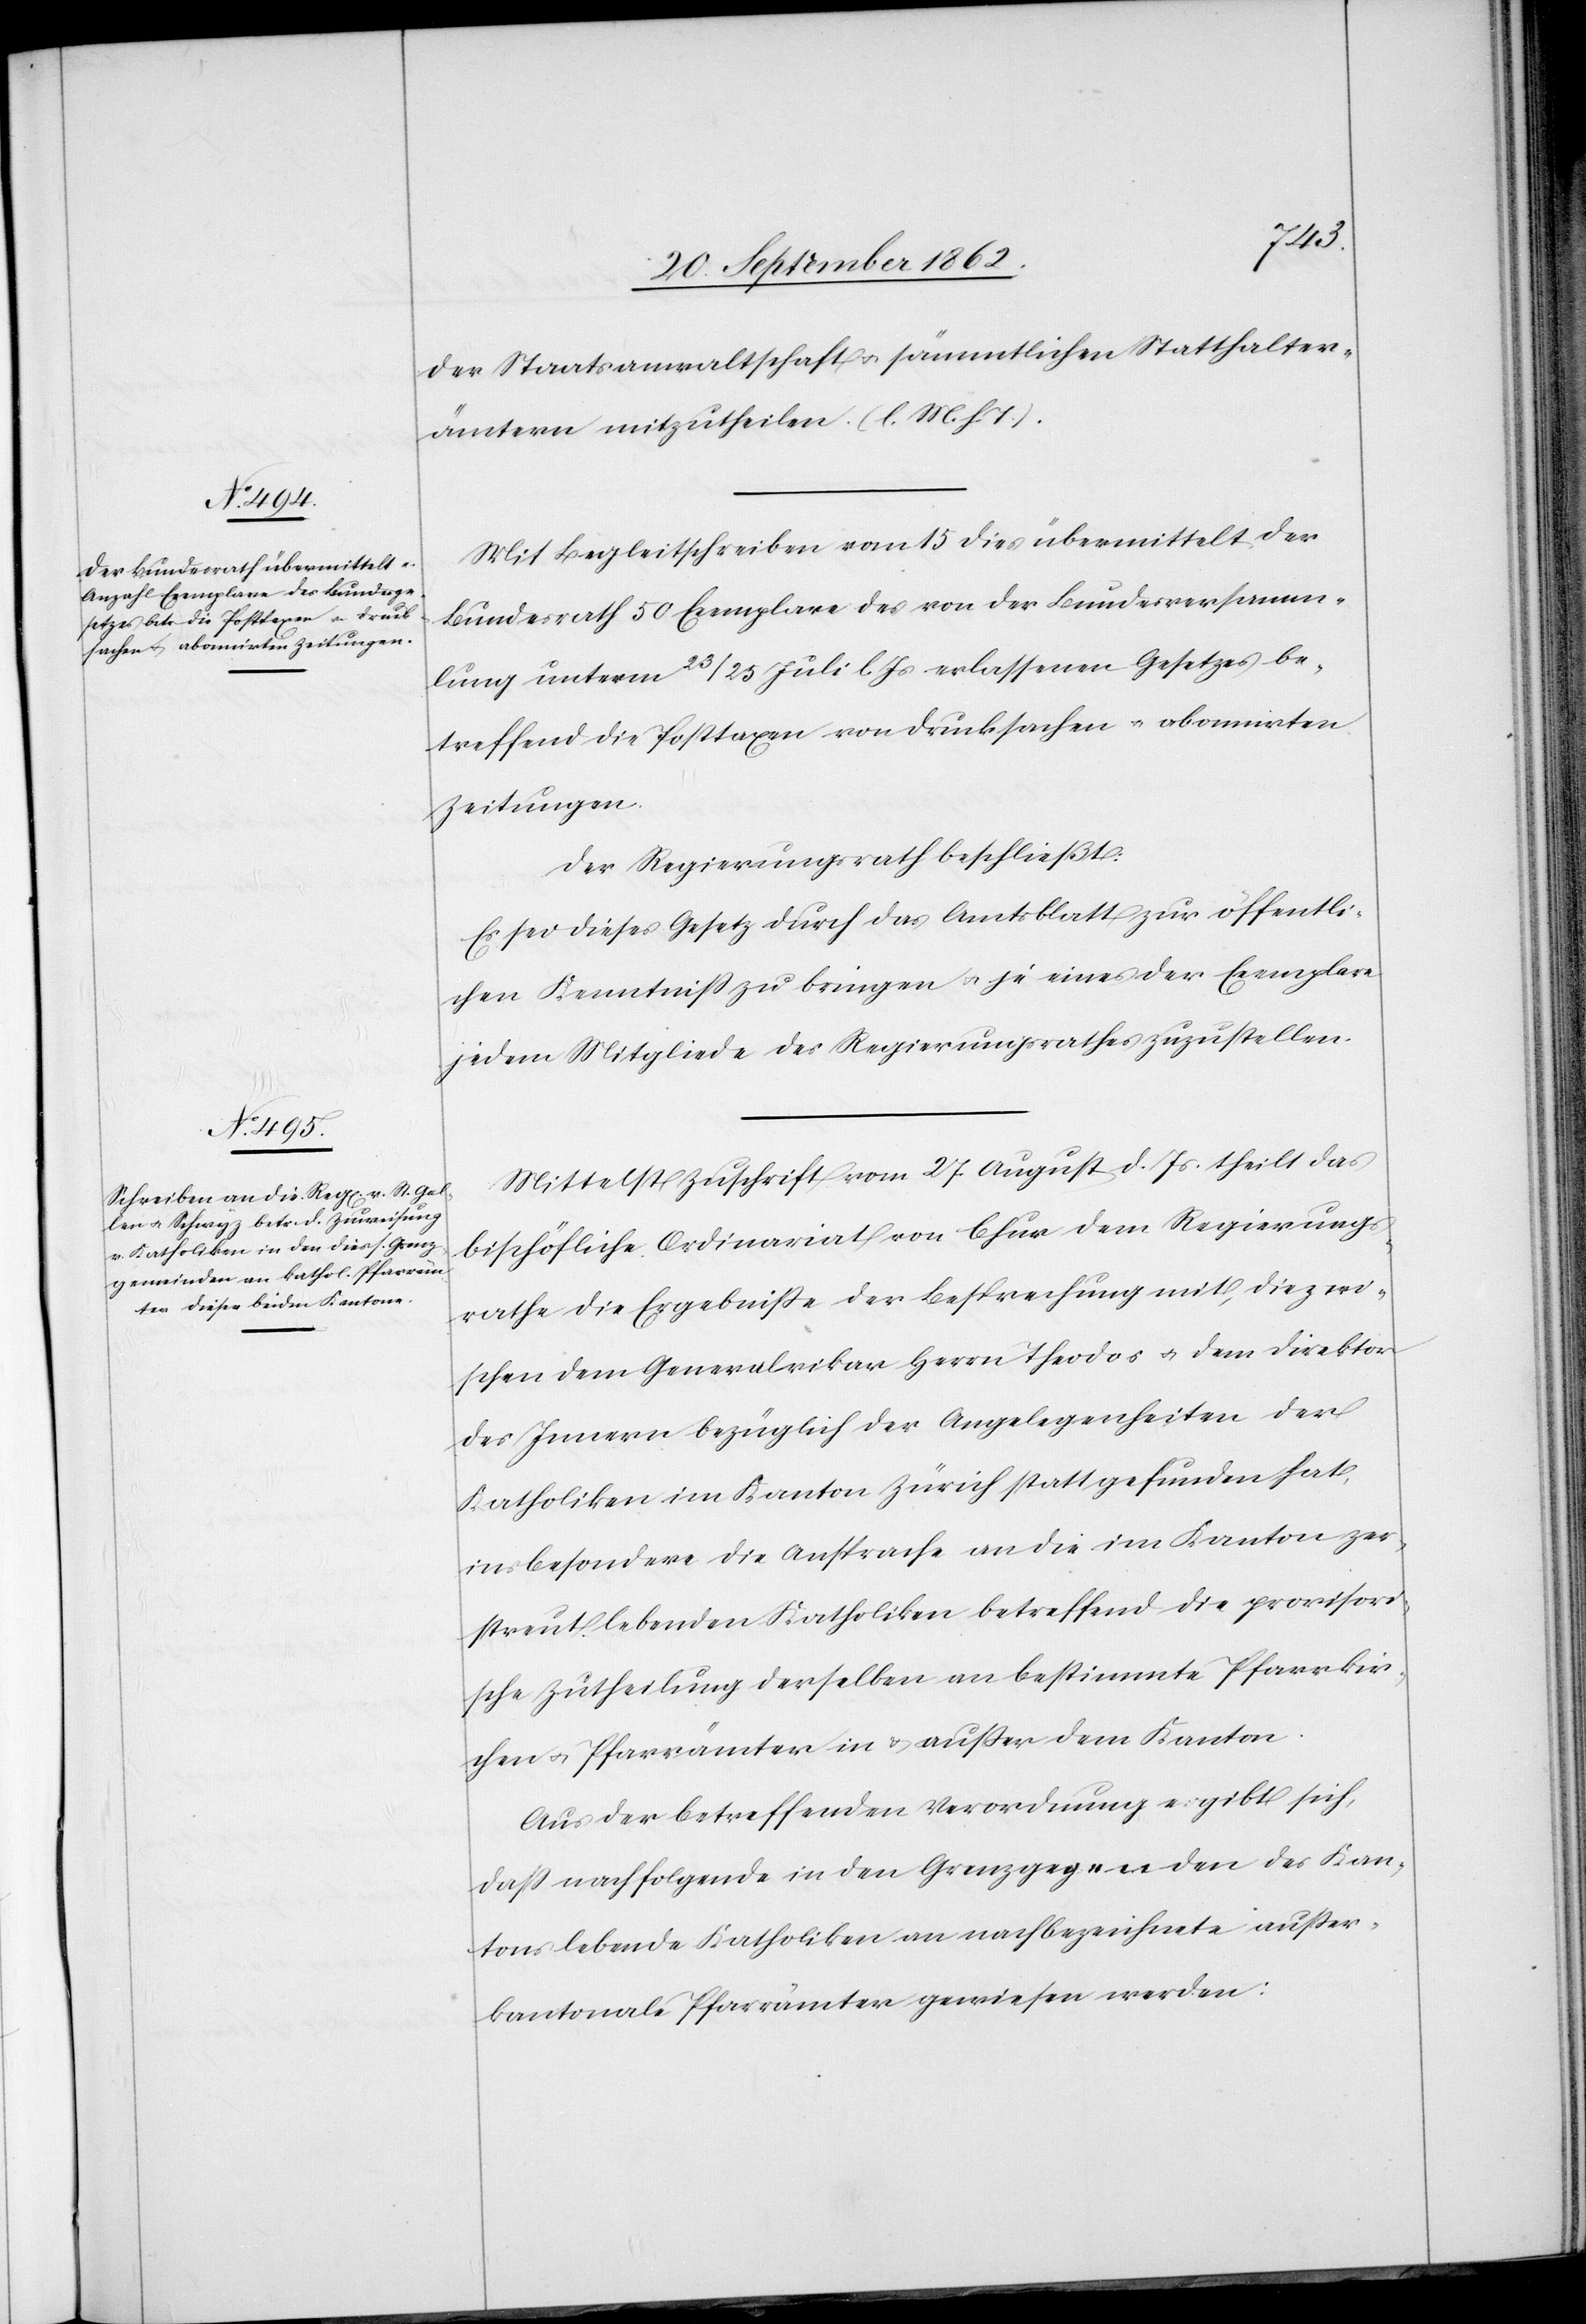
der Staatsanwaltschaft u. sämmtlichen Statthalter¬
ämtern mitzutheilen. (l. M. h. T.).
Mit Begleitschreiben vom 15. dies übermittelt der
Bundesrath 50 Exemplare des von der Bundesversamm¬
lung unterm 23/25. Juli l. Js. erlassenen Gesetzes be¬
treffend die Posttaxen von Drucksachen u. abonnirten
Zeitungen.
Der Regierungsrath beschließt:
Es sei dieses Gesetz durch das Amtsblatt zur öffentli¬
chen Kenntniß zu bringen u. je eines der Exemplare
jedem Mitgliede des Regierungsrathes zuzustellen.
Mittelst Zuschrift vom 27. August d. Js. theilt das
bischöfliche Ordinariat von Chur dem Regierungs¬
rathe die Ergebniße der Besprechung mit, die zwi¬
schen dem Generalvikar Herrn Theodos u. dem Direktor
des Innern bezüglich der Angelegenheiten der
Katholiken im Kanton Zürich statt gefunden hat,
insbesondere die Ansprache an die im Kanton zer¬
streut lebenden Katholiken betreffend die provisori¬
sche Zutheilung derselben an bestimmte Pfarrkir¬
chen u. Pfarrämter in u. außer dem Kanton.
Aus der betreffenden Verordnung ergibt sich,
daß nachfolgende in den Grenzgegenden des Kan¬
tons lebende Katholiken an nachbezeichnete außer¬
kantonale Pfarrämter gewiesen werden: